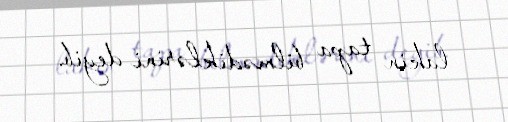
lakin tapa bilmədiklərini deyib.